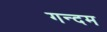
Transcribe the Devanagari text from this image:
गन्दम